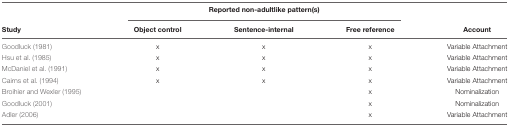
<table><thead><tr><td></td><td colspan="3"><b>Reported non-adultlike pattern(s)</b></td><td></td></tr><tr><td><b>Study</b></td><td><b>Object control</b></td><td><b>Sentence-internal</b></td><td><b>Free reference</b></td><td><b>Account</b></td></tr></thead><tbody><tr><td>Goodluck (1981)</td><td>x</td><td>x</td><td>x</td><td>Variable Attachment</td></tr><tr><td>Hsu et al. (1985)</td><td>x</td><td>x</td><td>x</td><td>Variable Attachment</td></tr><tr><td>McDaniel et al. (1991)</td><td>x</td><td>x</td><td>x</td><td>Variable Attachment</td></tr><tr><td>Cairns et al. (1994)</td><td>x</td><td>x</td><td>x</td><td>Variable Attachment</td></tr><tr><td>Broihier and Wexler (1995)</td><td></td><td></td><td>x</td><td>Nominalization</td></tr><tr><td>Goodluck (2001)</td><td></td><td></td><td>x</td><td>Nominalization</td></tr><tr><td>Adler (2006)</td><td></td><td></td><td>x</td><td>Variable Attachment</td></tr></tbody></table>